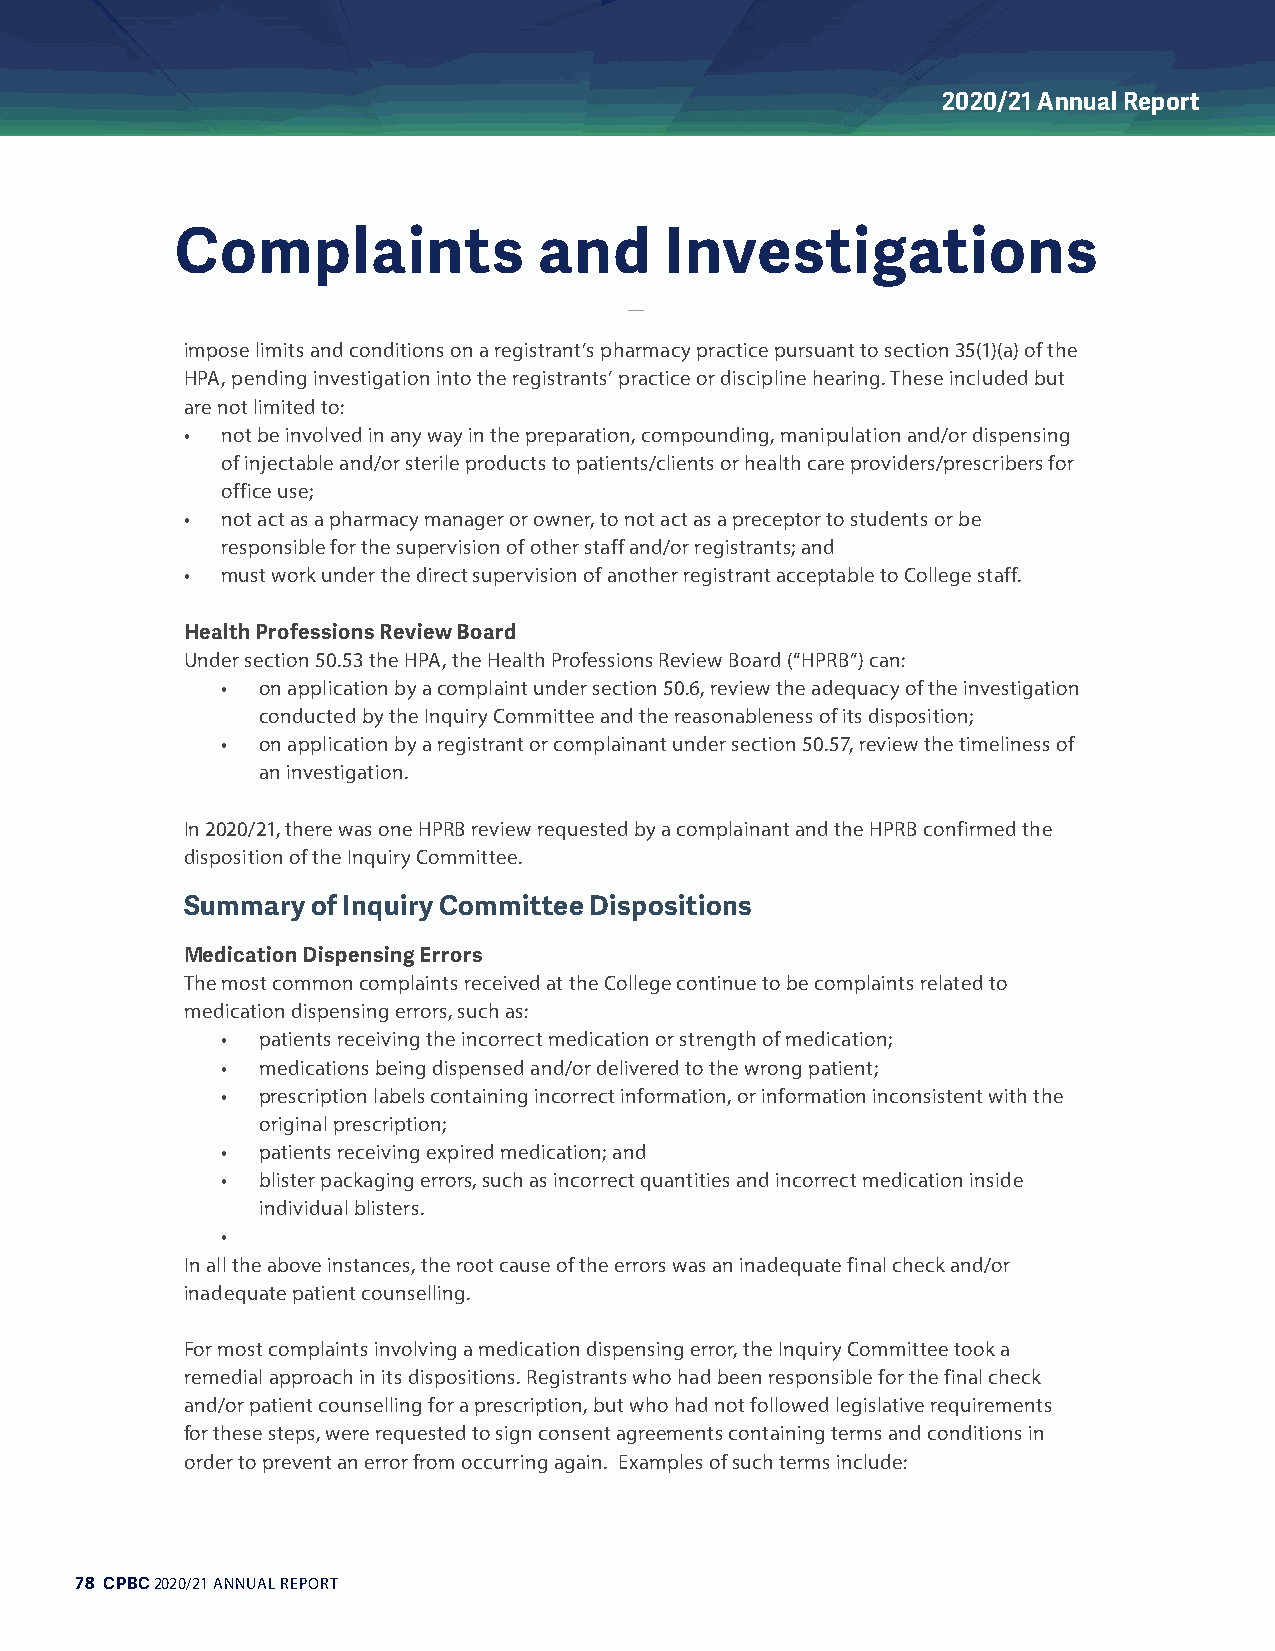
2020/21 Annual Report
 CCoommppllaaiinnttss    aanndd  IInnvveessttiiggaattiioonnss
 impose limits and conditions on a registrant’s pharmacy practice pursuant to section 35(1)(a) of the
 HPA, pending investigation into the registrants’ practice or discipline hearing. These included but
 are not limited to:
 •  not be involved in any way in the preparation, compounding, manipulation and/or dispensing
 of injectable and/or sterile products to patients/clients or health care providers/prescribers for
 office use;
 •  not act as a pharmacy manager or owner, to not act as a preceptor to students or be
 responsible for the supervision of other staff and/or registrants; and
 •  must work under the direct supervision of another registrant acceptable to College staff.
 Health Professions Review Board
 Under section 50.53 the HPA, the Health Professions Review Board (“HPRB”) can:
 • on application by a complaint under section 50.6, review the adequacy of the investigation
 conducted by the Inquiry Committee and the reasonableness of its disposition;
 • on application by a registrant or complainant under section 50.57, review the timeliness of
 an investigation.
 In 2020/21, there was one HPRB review requested by a complainant and the HPRB confirmed the
 disposition of the Inquiry Committee.
 Summary  of Inquiry Committee Dispositions
 Medication Dispensing Errors
 The most common complaints received at the College continue to be complaints related to
 medication dispensing errors, such as:
 • patients receiving the incorrect medication or strength of medication;
 • medications being dispensed and/or delivered to the wrong patient;
 • prescription labels containing incorrect information, or information inconsistent with the
 original prescription;
 • patients receiving expired medication; and
 • blister packaging errors, such as incorrect quantities and incorrect medication inside
 individual blisters.
 •
 In all the above instances, the root cause of the errors was an inadequate final check and/or
 inadequate patient counselling.
 For most complaints involving a medication dispensing error, the Inquiry Committee took a
 remedial approach in its dispositions. Registrants who had been responsible for the final check
 and/or patient counselling for a prescription, but who had not followed legislative requirements
 for these steps, were requested to sign consent agreements containing terms and conditions in
 order to prevent an error from occurring again. Examples of such terms include:
 78 CPBC 2020/21 ANNUAL REPORT